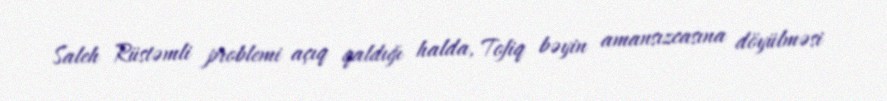
Saleh Rüstəmli problemi açıq qaldığı halda, Tofiq bəyin amansızcasına döyülməsi